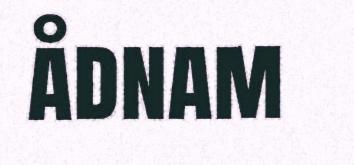
ådnam